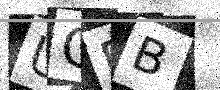
Text: UCRB